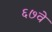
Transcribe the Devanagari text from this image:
६७वे